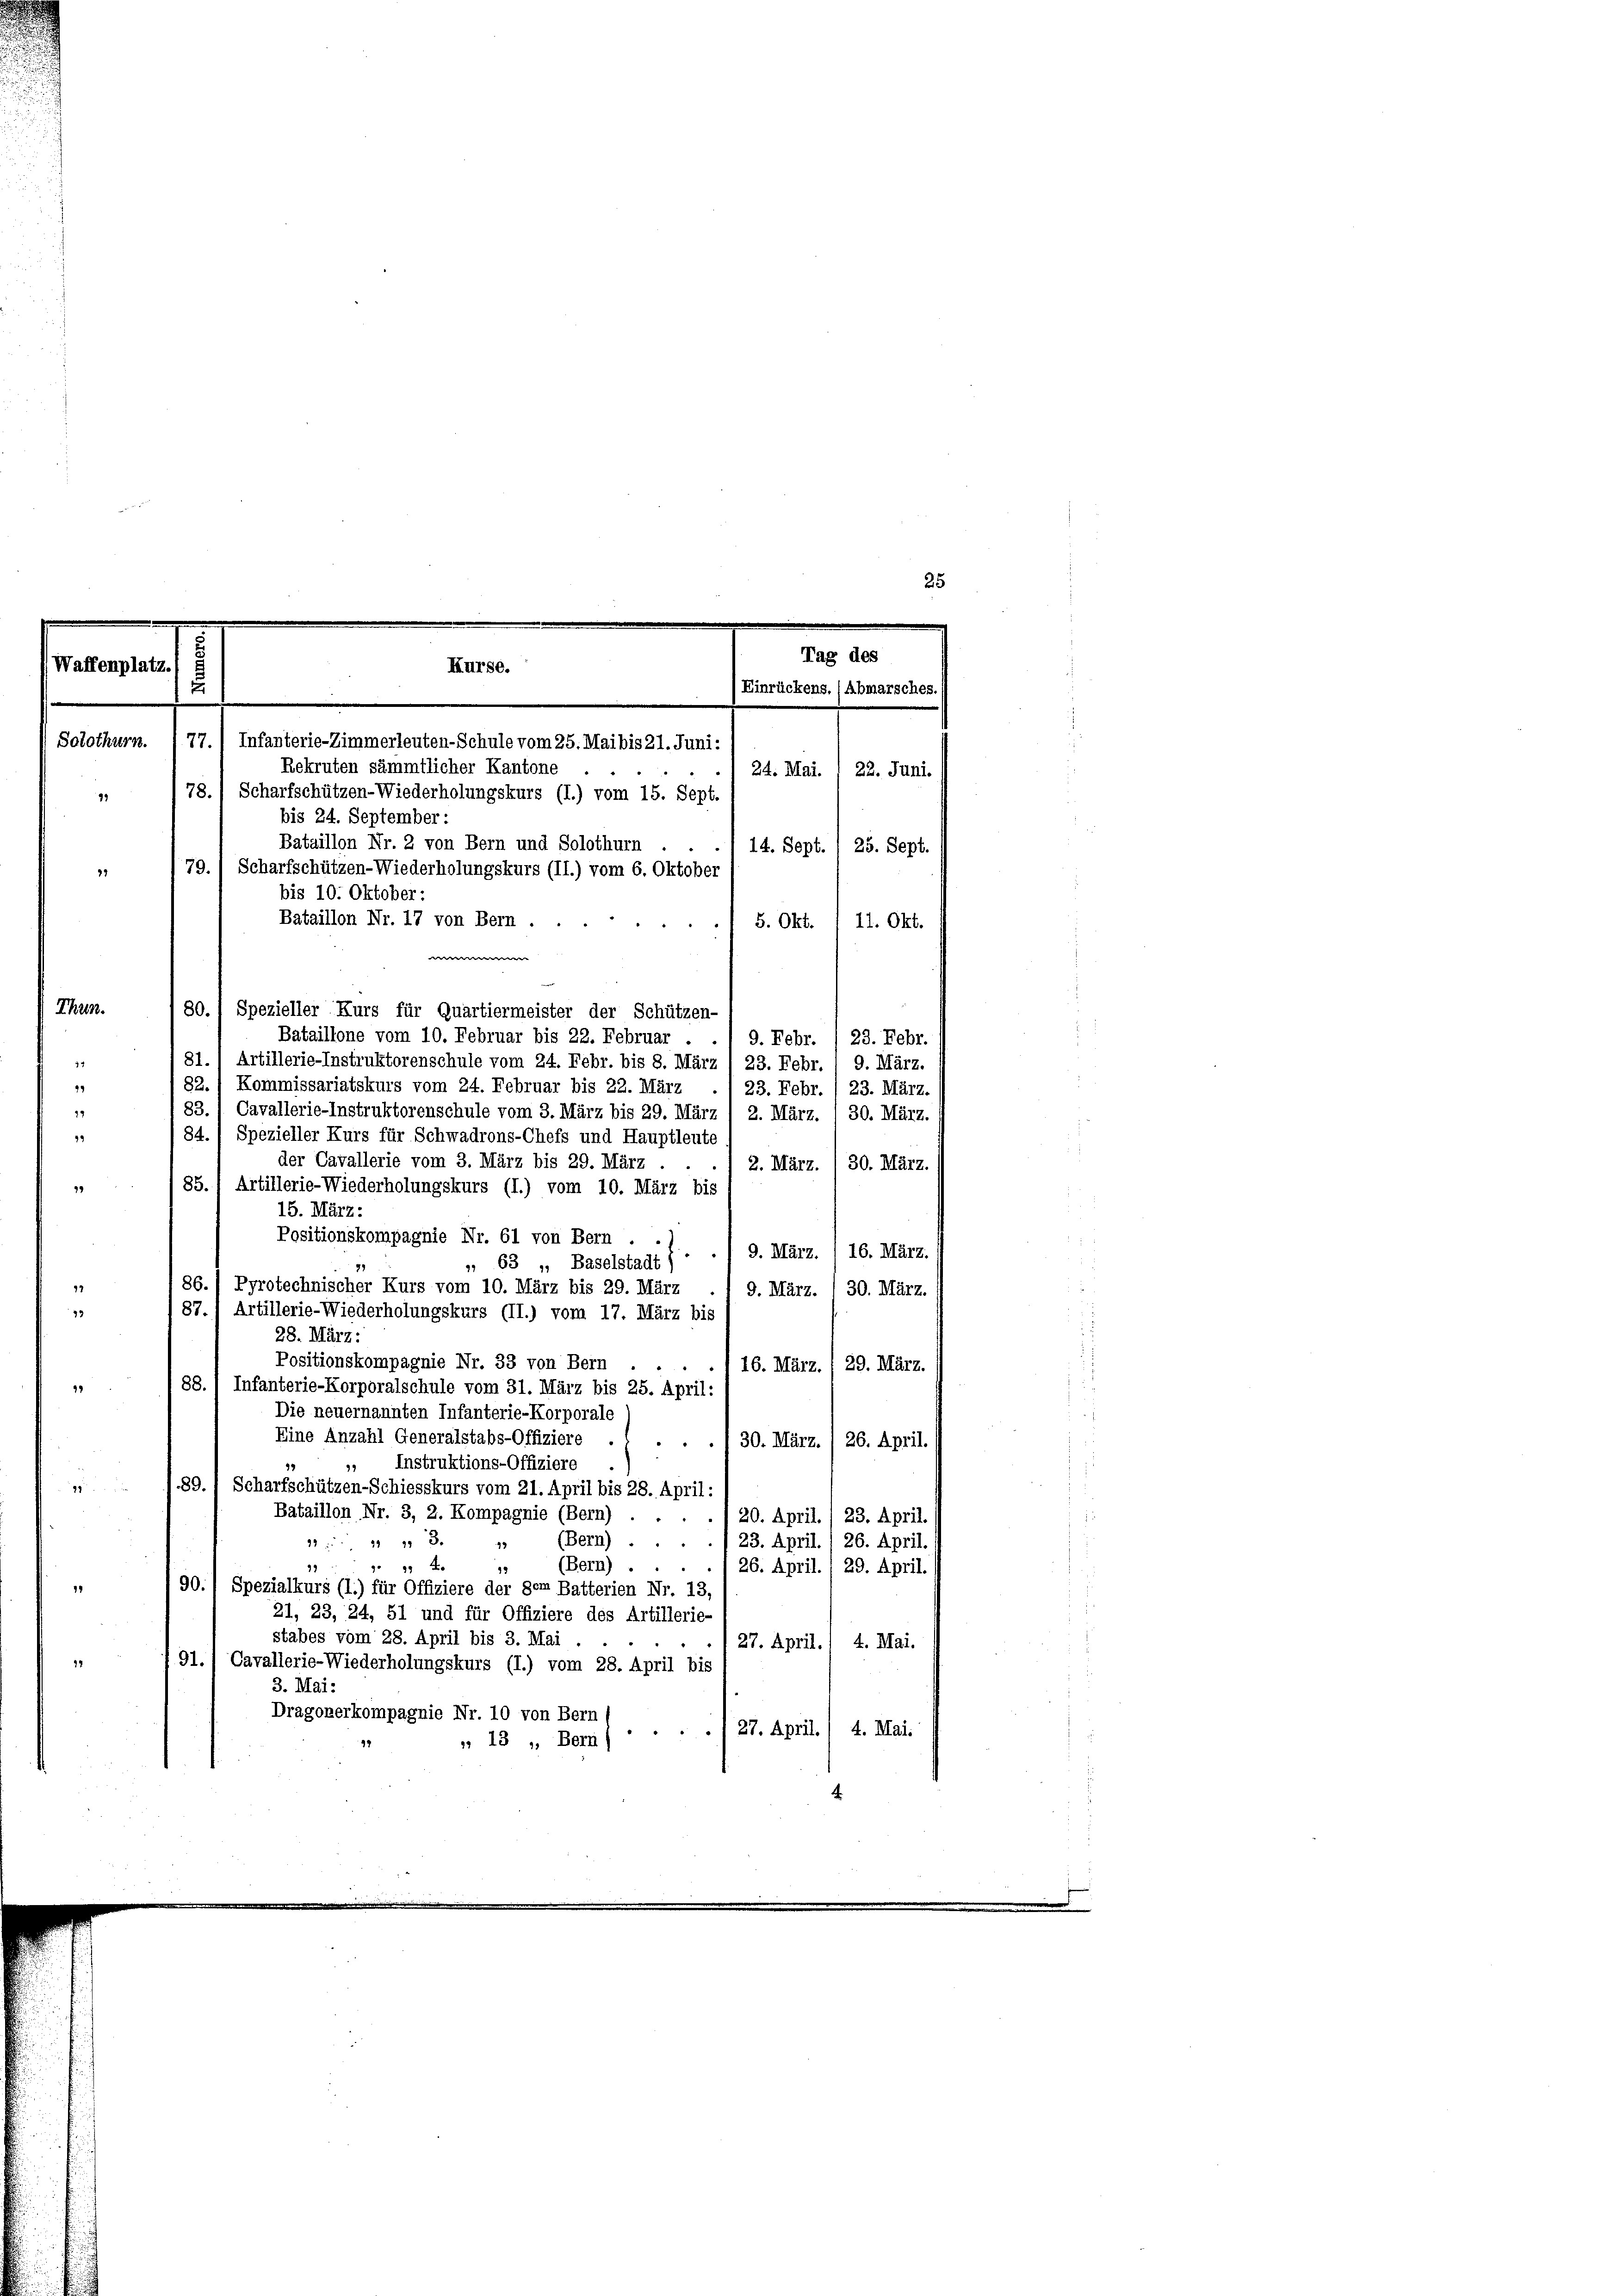
99

Tag des
Kurse.
Waffenplatz
Einrückens. (Abmarsches.
u
Solothurn. 177.) Infanterie-Zimmerleuten-Schule vom 25. Mai bis 21. Juni:
Rekruten sämmtlicher Kantone
78.) Scharfschützen-Wiederholungskurs (I.) vom 15. Sept.
bis 24. September :
Bataillon Nr. 2 von Bern und Solothurn
14. Sept., 25. Sept.
23
79. 1 Scharfschützen-Wiederholungskurs (II.) vom 6. Oktober
bis 10. Oktober:
Bataillon Nr. 17 von Bern .
5. Okt. / 11. Okt.

222.
80. 1 Spezieller Kurs für Quartiermeister der Schützen-

Bataillone vom 10. Februar bis 22. Februar . ./ 9. Febr. / 23. Febr.
81., Artillerie-Instruktorenschule vom 24. Febr. bis 8. März , 23. Febr. 1 9. März.
82., Kommissariatskurs vom 24. Februar bis 22. März
23. Febr. (23. März.
83.
Cavallerie-Instruktorenschule vom 3. März bis 29. März 1 2. März. I 30. März.
84.) Spezieller Kurs für Schwadrons-Chefs und Hauptleute
der Cavallerie vom 3. März bis 29. März .
2. März. /30. März.
85.) Artillerie-Wiederholungskurs (I.) vom 10. März bis
15. März:
Positionskompagnie Nr. 61 von Bern . . .
9. März. /16. März.
63 „ Baselstadt)
86.1 Pyrotechnischer Kurs vom 10. März bis 29. März . 1 9. März. / 30. März.
87. 1 Artillerie-Wiederholungskurs (II.) vom 17. März bis
28. März:
Positionskompagnie Nr. 33 von Bern . .
16. März./29. März.
88. Infanterie-Korporalschule vom 31. März bis 25. April:
Die neuernannten Infanterie-Korporale
Eine Anzahl Generalstabs-Offiziere
26. April.
30. März.
d
Instruktions-Offiziere
g
89. 1 Scharfschützen-Schiesskurs vom 21. April bis 28. April:
Bataillon Nr. 3, 2. Kompagnie (Bern)
./20. April. / 23. April.
 111 3.
(Bern) . . . . . 23. April. / 26. April.
49
 9 x
(Bern)
¬
18
26. April. / 29. April.
33
1 90., Spezialkurs (I.) für Offiziere der dem Batterien Nr. 13,
21, 23, 24, 51 und für Offiziere des Artillerie-
stabes vom 28. April bis 3. Mai
27. April.) 4. Mai.
91.) Cavallerie-Wiederholungskurs (I.) vom 28. April bis
3. Mai:
Dragonerkompagnie Nr. 10 von Bern (
27. April. / 4. Mai:
» 13 „ Bern)

24. Mai. 1 22. Juni.